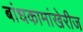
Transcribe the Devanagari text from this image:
बांधकामांखेरीज